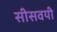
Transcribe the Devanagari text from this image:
सीसवयी